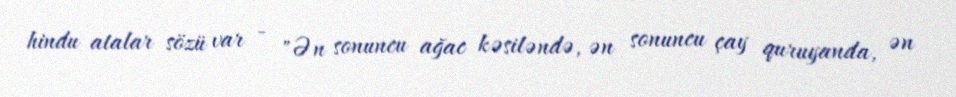
hindu atalar sözü var - "Ən sonuncu ağac kəsiləndə, ən sonuncu çay quruyanda, ən